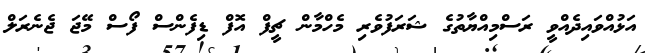
އަޅުއްވައިދެއްވީ ރަސްމިއްޔާތުގެ ޝަރަފުވެރި މެހްމާން ޗީފް އޮފް ޑިފެންސް ފޯސް މޭޖަ ޖެނެރަލް